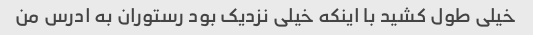
خیلی طول کشید با اینکه خیلی نزدیک بود رستوران به ادرس من